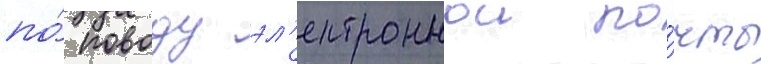
по́ поводу эл'ектроннои по́чты